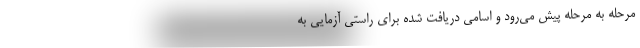
مرحله به مرحله پیش می‌رود و اسامی دریافت شده برای راستی آزمایی به